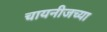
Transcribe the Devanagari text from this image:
चायनीजच्या